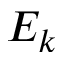
E _ { k }